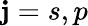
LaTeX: \mathbf{j}=s,p